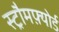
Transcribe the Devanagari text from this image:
स्ट्रौमफ़्योर्ड